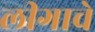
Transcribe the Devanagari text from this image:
लीगाचे